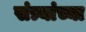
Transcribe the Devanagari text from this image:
संत्र्यांच्या